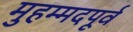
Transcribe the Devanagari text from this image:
मुहम्मदपूर्व